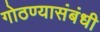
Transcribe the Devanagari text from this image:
गोठण्यासंबंधी